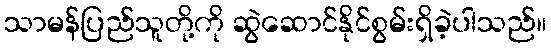
သာမန်ပြည်သူတို့ကို ဆွဲဆောင်နိုင်စွမ်းရှိခဲ့ပါသည်။